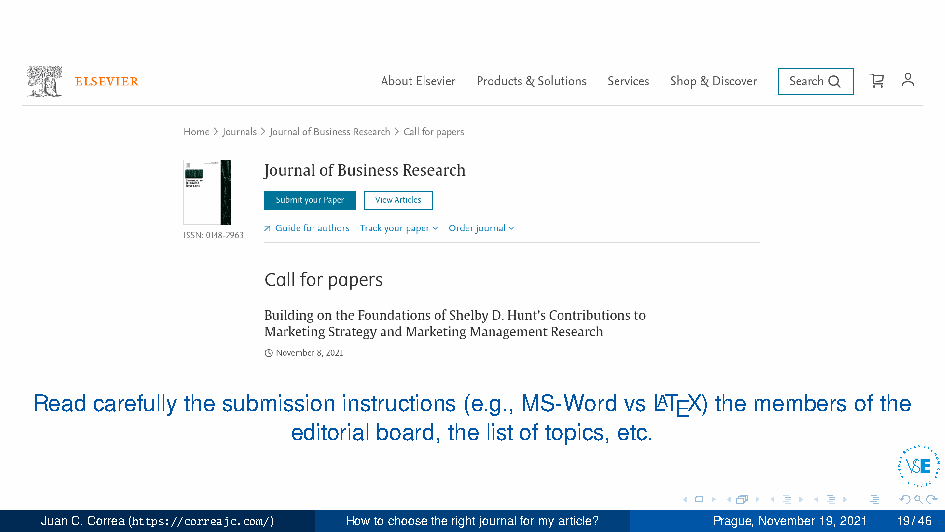
Read carefully the submission instructions (e.g., MS-Word vs LATEX) the members of the
 editorial board, the list of topics, etc.
 JuanC.Correa(https://correajc.com/) Howtochoosetherightjournalformyarticle? Prague,November19,2021 19/46